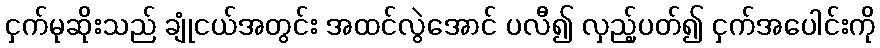
ငှက်မုဆိုးသည် ချုံငယ်အတွင်း အထင်လွဲအောင် ပလီ၍ လှည့်ပတ်၍ ငှက်အပေါင်းကို